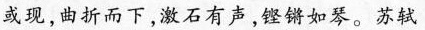
或现，曲折而下，激石有声，铿锵如琴。苏轼